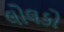
લોલકો